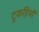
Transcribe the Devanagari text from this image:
टुकडि़यों